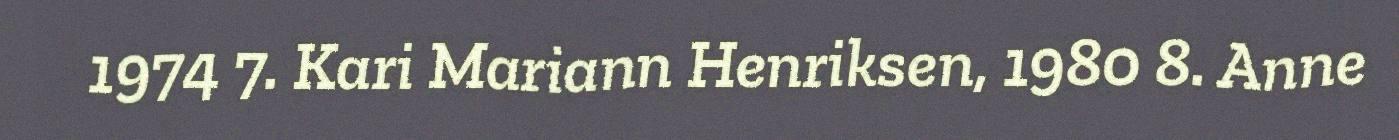
1974 7. Kari Mariann Henriksen, 1980 8. Anne